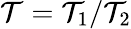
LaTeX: \mathcal{T}=\mathcal{T}_{1}/\mathcal{T}_{2}